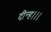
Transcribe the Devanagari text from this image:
दीन्‍ह।।।